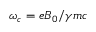
\omega _ { c } = e B _ { 0 } / \gamma m c